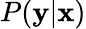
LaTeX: P({\textbf{y}}|{\textbf{x}})